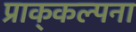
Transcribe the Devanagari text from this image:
प्राक्‌कल्पना